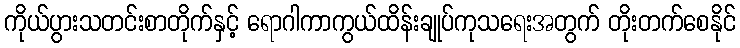
ကိုယ်ပွားသတင်းစာတိုက်နှင့် ရောဂါကာကွယ်ထိန်းချုပ်ကုသရေးအတွက် တိုးတက်စေနိုင်